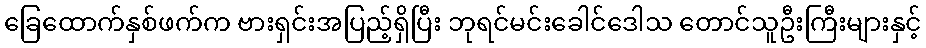
ခြေထောက်နှစ်ဖက်က ဗားရှင်းအပြည့်ရှိပြီး ဘုရင်မင်းခေါင်ဒေါသ တောင်သူဦးကြီးများနှင့်